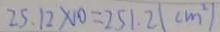
2 5 . 1 2 \times 1 0 = 2 5 1 . 2 ( c m ^ { 2 } )